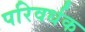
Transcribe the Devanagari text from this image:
परिवर्धक